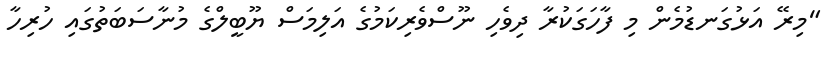
"މިރޭ އަޅުގަނޑުމެން މި ފާހަގަކުރާ ދިވެހި ނޫސްވެރިކަމުގެ އަލިމަސް ޔޫބީލްގެ މުނާސަބަތުގައި ހުރިހާ